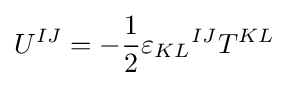
U^{IJ}=-{1 \over 2}{\varepsilon _{KL}}^{IJ}T^{KL}